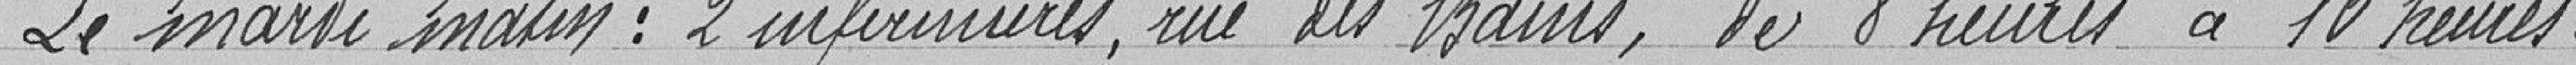
"Le mardi matin : 2 infirmières, rue des Barres, de 8 heures à 10 heures